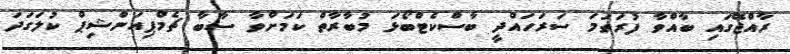
ރާއްޖޭގައި ބާއްވާ ފުރަތަމަ ސަރަހައްދީ ބާސްކެޓްބޯޅަ މުބާރާތް ކަމަށްވާ ސާބާ ޗެމްޕިއަންޝިޕް ކުލަގަދަ